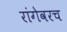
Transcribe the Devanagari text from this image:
रांगेवरच